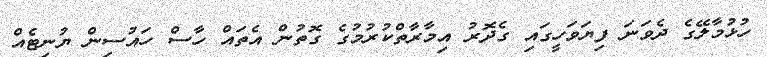
ހުޅުމާލޭގެ ދެވަނަ ފިޔަވަހީގައި ގެދޮރު އިމާރާތްކުރުމުގެ ގޮތުން އެތައް ހާސް ހައުސިން ޔުނިޓެއް